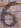
Text: 6